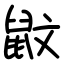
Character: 鼤